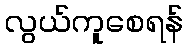
လွယ်ကူစေရန်